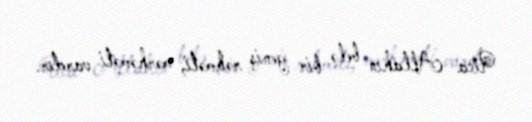
Uca Allahın belə bir geniş rəhməti, mərhəməti vardır.